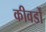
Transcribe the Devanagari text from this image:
कीवर्डों